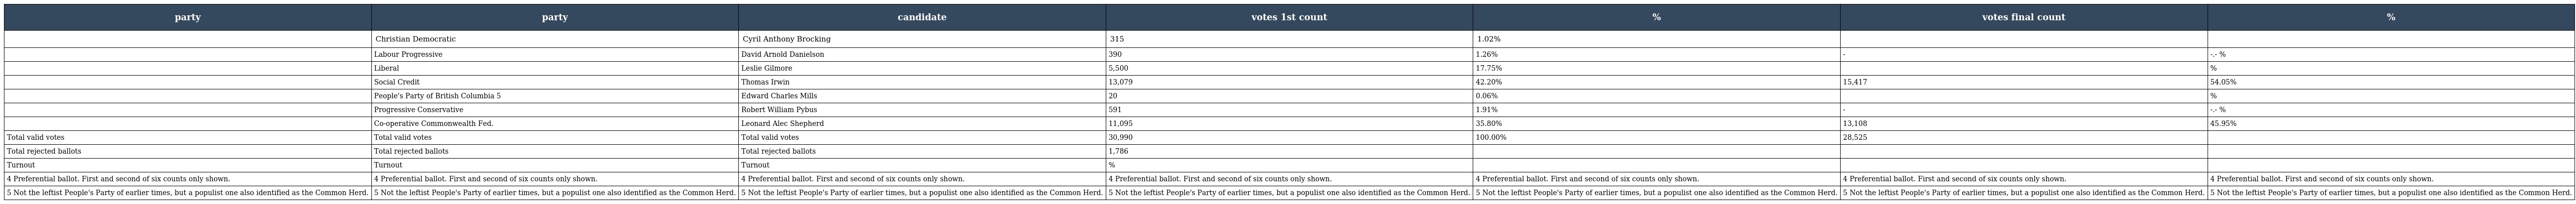
| party | party | candidate | votes 1st count | % | votes final count | % |
 | --- | --- | --- | --- | --- | --- | --- |
 |  | Christian Democratic | Cyril Anthony Brocking | 315 | 1.02% |  |  |
 |  | Labour Progressive | David Arnold Danielson | 390 | 1.26% | - | -.- % |
 |  | Liberal | Leslie Gilmore | 5,500 | 17.75% |  | % |
 |  | Social Credit | Thomas Irwin | 13,079 | 42.20% | 15,417 | 54.05% |
 |  | People's Party of British Columbia 5 | Edward Charles Mills | 20 | 0.06% |  | % |
 |  | Progressive Conservative | Robert William Pybus | 591 | 1.91% | - | -.- % |
 |  | Co-operative Commonwealth Fed. | Leonard Alec Shepherd | 11,095 | 35.80% | 13,108 | 45.95% |
 | Total valid votes | Total valid votes | Total valid votes | 30,990 | 100.00% | 28,525 |  |
 | Total rejected ballots | Total rejected ballots | Total rejected ballots | 1,786 |  |  |  |
 | Turnout | Turnout | Turnout | % |  |  |  |
 | 4 Preferential ballot. First and second of six counts only shown. | 4 Preferential ballot. First and second of six counts only shown. | 4 Preferential ballot. First and second of six counts only shown. | 4 Preferential ballot. First and second of six counts only shown. | 4 Preferential ballot. First and second of six counts only shown. | 4 Preferential ballot. First and second of six counts only shown. | 4 Preferential ballot. First and second of six counts only shown. |
 | 5 Not the leftist People's Party of earlier times, but a populist one also identified as the Common Herd. | 5 Not the leftist People's Party of earlier times, but a populist one also identified as the Common Herd. | 5 Not the leftist People's Party of earlier times, but a populist one also identified as the Common Herd. | 5 Not the leftist People's Party of earlier times, but a populist one also identified as the Common Herd. | 5 Not the leftist People's Party of earlier times, but a populist one also identified as the Common Herd. | 5 Not the leftist People's Party of earlier times, but a populist one also identified as the Common Herd. | 5 Not the leftist People's Party of earlier times, but a populist one also identified as the Common Herd. |